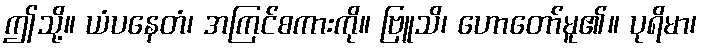
ဤသို့။ ယံပနေတံ၊ အကြင်စကားကို။ ဗြူသိ၊ ဟောတော်မူ၏။ ပုရိမာ၊